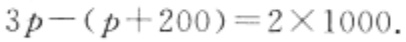
$3p-(p + 200)=2\times1000$